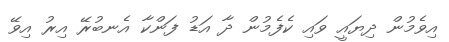
އިވެމުން ދިޔައީ ވައި ކެފެމުން ދާ އަޑު ފަންކާ އެނބުރޭ އިރު އިވޭ